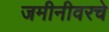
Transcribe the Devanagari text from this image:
जमीनीवरचे